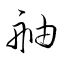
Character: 舳